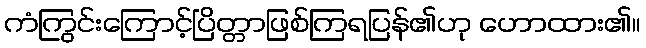
ကံကြွင်းကြောင့်ပြိတ္တာဖြစ်ကြရပြန်၏ဟု ဟောထား၏။